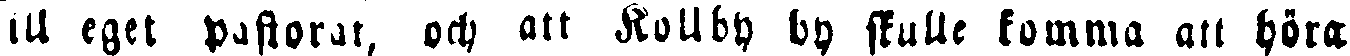
ill eget pastorat, och att Kollby by skulle komma att höra